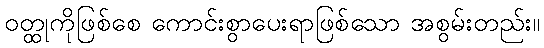
ဝတ္ထုကိုဖြစ်စေ ကောင်းစွာပေးရာဖြစ်သော အစွမ်းတည်း။